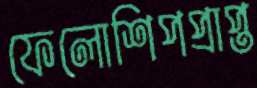
ফেলোশিপপ্রাপ্ত